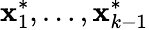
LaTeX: \mathbf{x}_{1}^{*},\ldots,\mathbf{x}_{k-1}^{*}